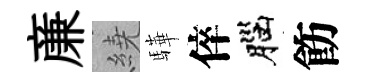
亷繞驊倅腦飭